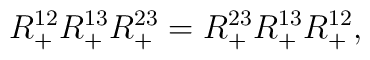
R_+^{12} R_+^{13} R_+^{23} = R_+^{23} R_+^{13} R_+^{12},